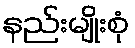
နည်းမျိုးစုံ